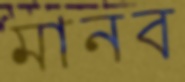
মানব